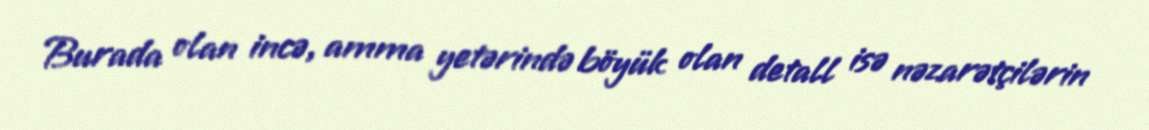
Burada olan incə, amma yetərində böyük olan detall isə nəzarətçilərin